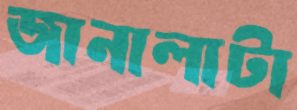
জানালাটা